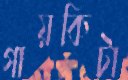
গায়কিটা